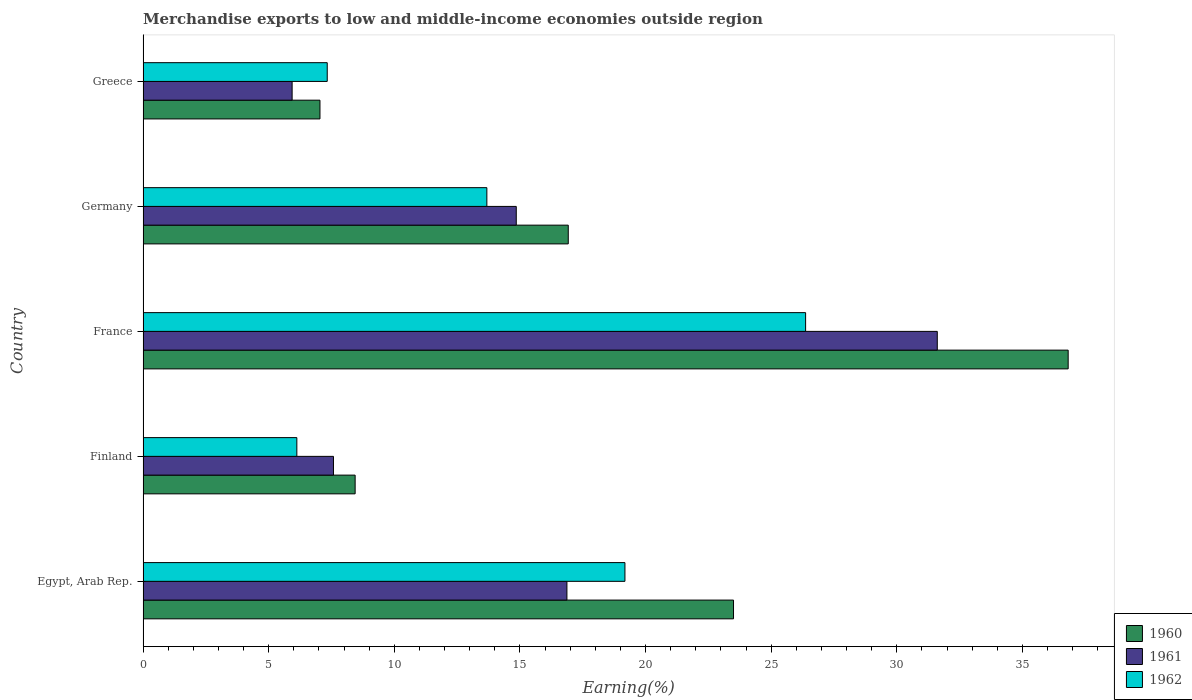
| Country | 1960 | 1961 | 1962 |
 | --- | --- | --- | --- |
 | Egypt, Arab Rep. | 23.5 | 16.9 | 19.2 |
 | Finland | 8.44 | 7.58 | 6.12 |
 | France | 36.8 | 31.6 | 26.4 |
 | Germany | 16.9 | 14.9 | 13.7 |
 | Greece | 7.04 | 5.93 | 7.33 |